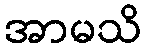
အာမသိ